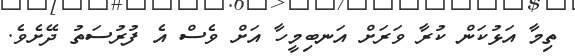
ތިމާ އަޅުކަން ކުރާ ވަރަށް އަނބިމީހާ އަށް ވެސް އެ ފުރުސަތު ދޭށެވެ.